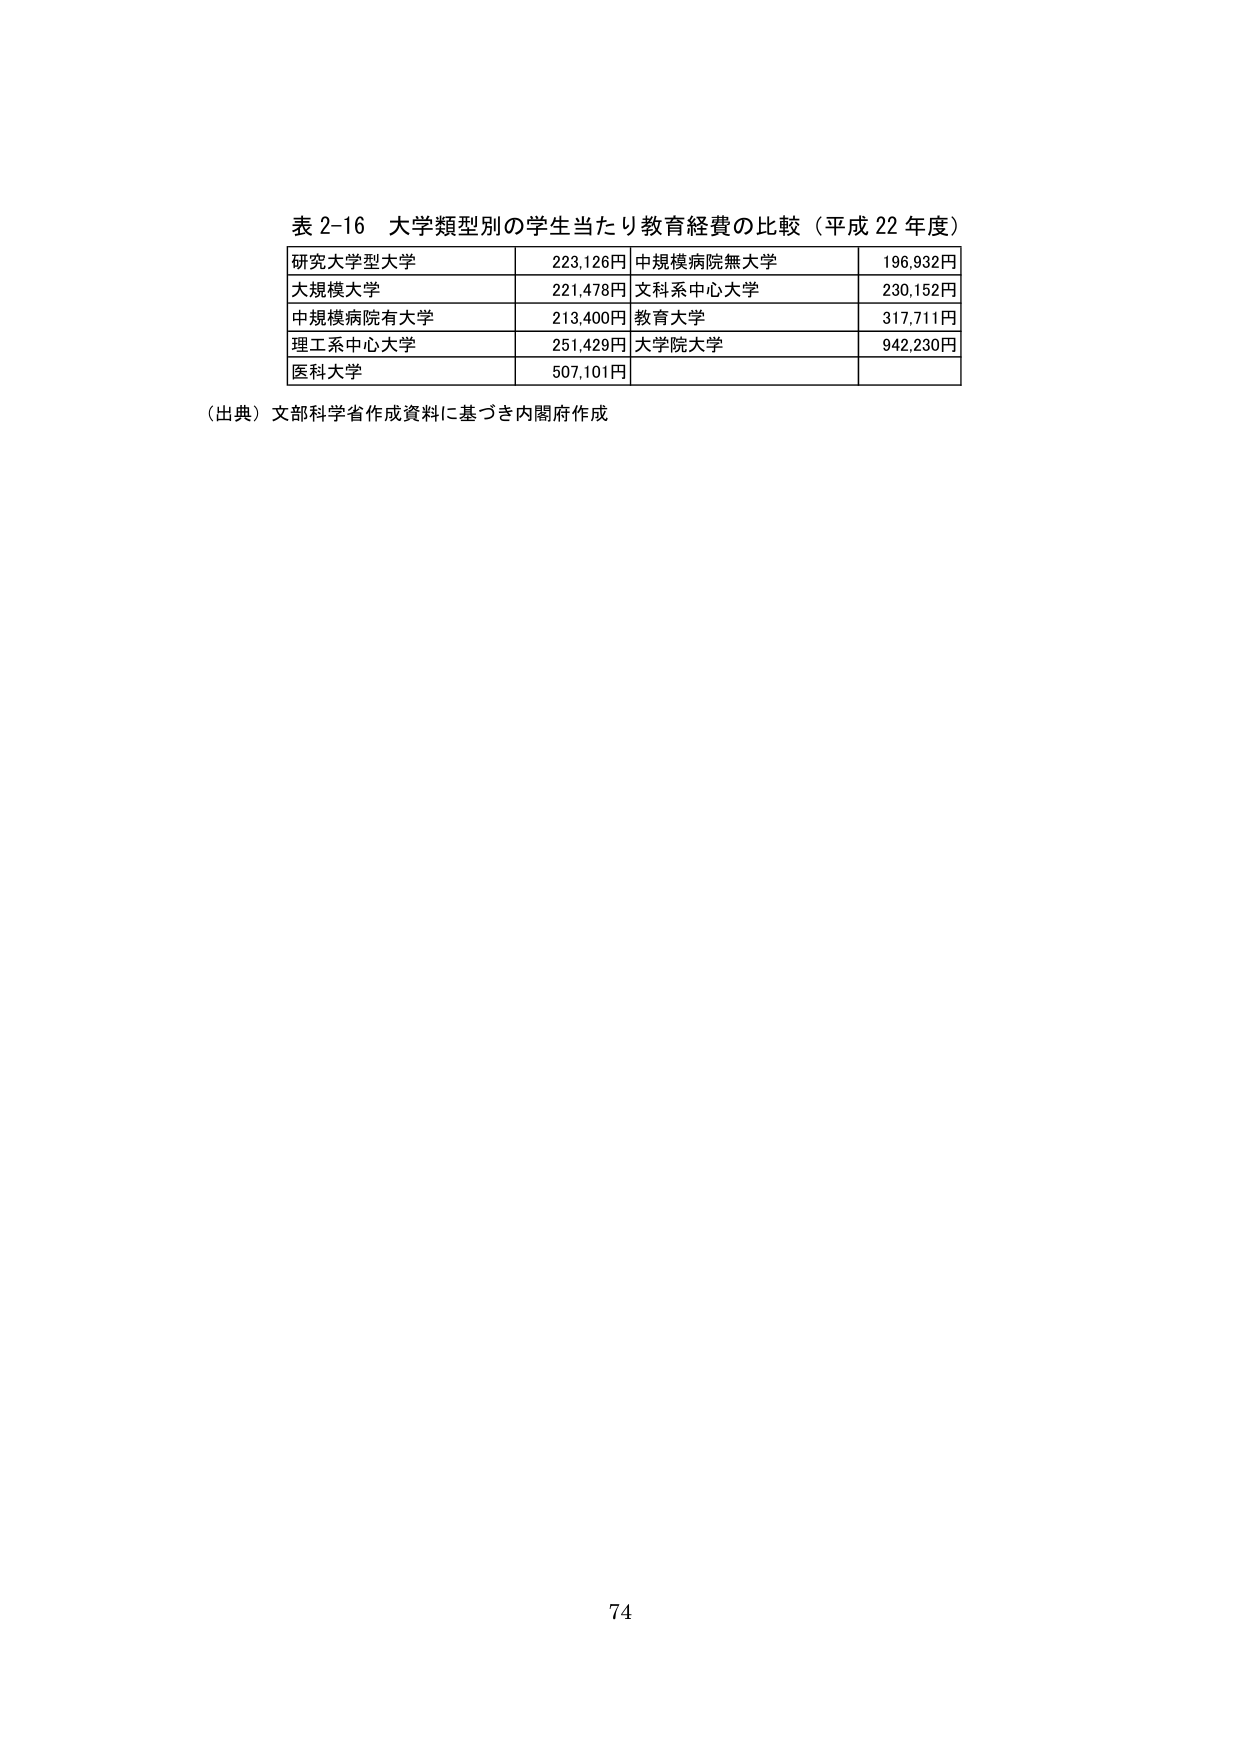
表 2-16 大学類型別の学生当たり教育経費の比較（平成 22 年度）

研究大学型大学 223,126円 中規模病院無大学 196,932円
大規模大学 221,478円 文科系中心大学 230,152円
中規模病院有大学 213,400円 教育大学 317,711円
理工系中心大学 251,429円 大学院大学 942,230円
医科大学 507,101円

（出典）文部科学省作成資料に基づき内閣府作成

74